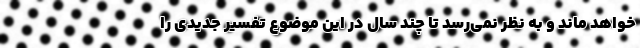
خواهد ماند و به نظر نمی‌رسد تا چند سال در این موضوع تفسیر جدیدی را